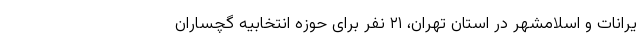
یرانات و اسلامشهر در استان تهران، ۲۱ نفر برای حوزه انتخابیه گچساران